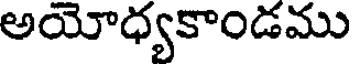
అయోధ్యకాండము